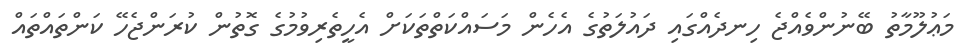
މަޢުލޫމާތު ބޭނުންވެއްޖެ ހިނދެއްގައި ދައުލަތުގެ އެހެން މަސައްކަތްތަކަށް އެހީތެރިވުމުގެ ގޮތުން ކުރަންޖެހޭ ކަންތައްތައް